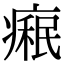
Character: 𤹋